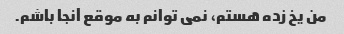
من یخ زده هستم، نمی توانم به موقع آنجا باشم.